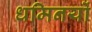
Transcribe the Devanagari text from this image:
धमिनयों